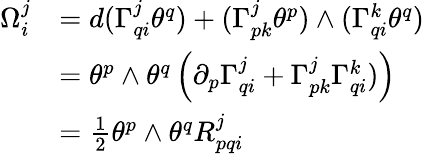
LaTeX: {\begin{array}{ll}{\Omega_{i}^{j}}&{=d(\Gamma^{j}_{qi}\theta^{q})+(\Gamma^{j}_{pk}\theta^{p})\wedge(\Gamma^{k}_{qi}\theta^{q})}\\ &{=\theta^{p}\wedge\theta^{q}\left(\partial_{p}\Gamma^{j}_{qi}+\Gamma^{j}_{pk}\Gamma^{k}_{qi})\right)}\\ &{={\frac{1}{2}}\theta^{p}\wedge\theta^{q}R_{pqi}^{j}}\end{array}}